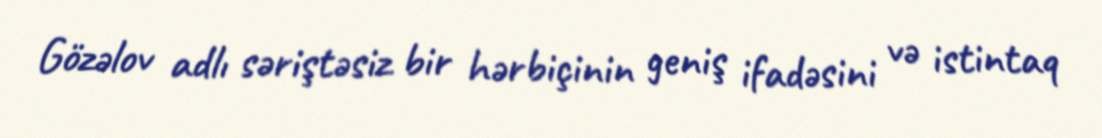
Gözəlov adlı səriştəsiz bir hərbiçinin geniş ifadəsini və istintaq